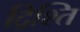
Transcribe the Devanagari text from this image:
द्रिश्ति